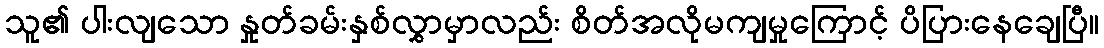
သူ၏ ပါးလျသော နှုတ်ခမ်းနှစ်လွှာမှာလည်း စိတ်အလိုမကျမှုကြောင့် ပိပြားနေချေပြီ။